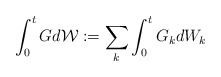
\begin{align*}\int_0^t G d\mathcal{W} := \sum_k \int_0^t G_k dW_k\end{align*}